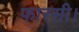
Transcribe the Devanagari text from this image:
फारसी।